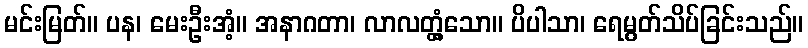
မင်းမြတ်။ ပန၊ မေးဦးအံ့။ အနာဂတာ၊ လာလတ္တံ့သော။ ပိပါသာ၊ ရေမွတ်သိပ်ခြင်းသည်။